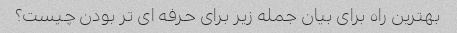
بهترین راه برای بیان جمله زیر برای حرفه ای تر بودن چیست؟